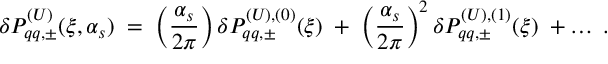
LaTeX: \delta P _ { q q , \pm } ^ { ( U ) } ( \xi , \alpha _ { s } ) \; = \; \left( \frac { \alpha _ { s } } { 2 \pi } \right) \delta P _ { q q , \pm } ^ { ( U ) , ( 0 ) } ( \xi ) \; + \; \left( \frac { \alpha _ { s } } { 2 \pi } \right) ^ { 2 } \delta P _ { q q , \pm } ^ { ( U ) , ( 1 ) } ( \xi ) \; + \ldots \; .